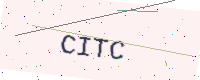
Text: CITC